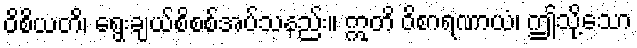
ဝိစိယတိ၊ ရွေးချယ်စိစစ်အပ်သနည်း။ ဣတိ ဝိစာရဏာယံ၊ ဤသို့သော